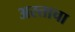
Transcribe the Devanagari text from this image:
अस्ताचा